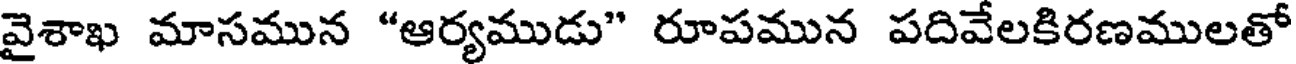
వైశాఖ మాసమున "ఆర్యముడు" రూపమున పదివేలకిరణములతో